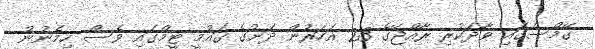
ގޭމްސްގައި ވާދަކުރި ރާއްޖޭގެ 23 އަހަރުން ދަށުގެ ގައުމީ ޓީމްގައި ވެސް ހިމެނުނު